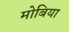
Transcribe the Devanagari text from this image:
मोबिया